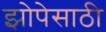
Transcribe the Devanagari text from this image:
झोपेसाठी